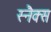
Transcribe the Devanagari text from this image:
स्‍नैक्स